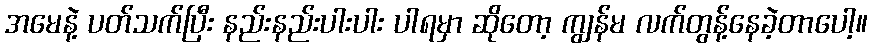
အမေနဲ့ ပတ်သက်ပြီး နည်းနည်းပါးပါး ပါရမှာ ဆိုတော့ ကျွန်မ လက်တွန့်နေခဲ့တာပေါ့။